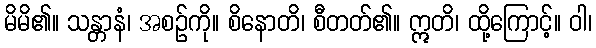
မိမိ၏။ သန္တာနံ၊ အစဉ်ကို။ စိနောတိ၊ စီတတ်၏။ ဣတိ၊ ထို့ကြောင့်။ ဝါ၊